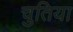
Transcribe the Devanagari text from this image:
चुतिया